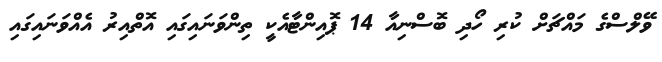
ވޭލްސްގެ މައްޗަށް ކުރި ހޯދި ބޮސްނިއާ 14 ޕޮއިންޓާއެކީ ތިންވަނައިގައި އޮތްއިރު އެއްވަނައިގައި